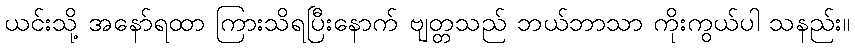
ယင်းသို့ အနော်ရထာ ကြားသိရပြီးနောက် ဗျတ္တသည် ဘယ်ဘာသာ ကိုးကွယ်ပါ သနည်း။